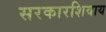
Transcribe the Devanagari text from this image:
सरकारशिवाय